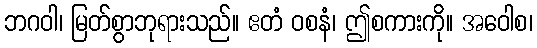
ဘဂဝါ၊ မြတ်စွာဘုရားသည်။ ဧတံ ဝစနံ၊ ဤစကားကို။ အဝေါစ၊